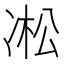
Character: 凇